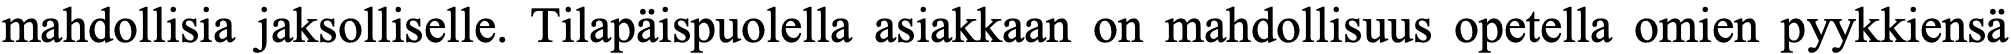
mahdollisia jaksolliselle. Tilapäispuolella asiakkaan on mahdollisuus opetella omien pyykkiensä